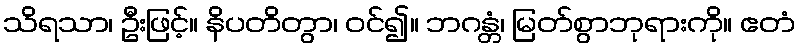
သိရသာ၊ ဦးဖြင့်။ နိပတိတွာ၊ ဝင်၍။ ဘဂန္တံ၊ မြတ်စွာဘုရားကို။ ဧတံ